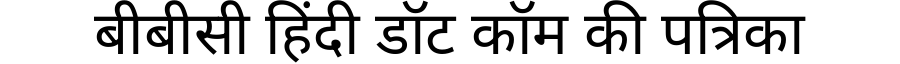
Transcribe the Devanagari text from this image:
बीबीसी हिंदी डॉट कॉम की पत्रिका